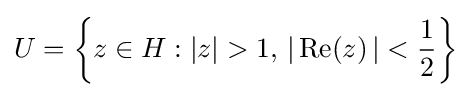
U=\left\{z\in H:\left|z\right|>1,\,\left|\,{\mbox{Re}}(z)\,\right|<{\frac {1}{2}}\right\}